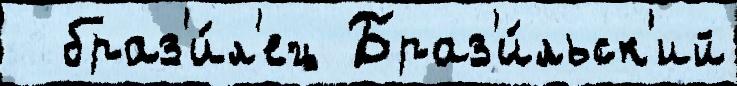
  браз'и́л'ец Браз'и́льск'ий